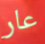
عار